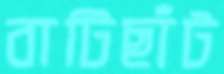
বাটিছাঁট